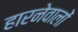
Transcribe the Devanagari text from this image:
हारनेवालों